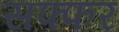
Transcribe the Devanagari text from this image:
सफ्फर